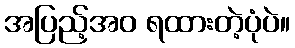
အပြည့်အဝ ရထားတဲ့ပုံပဲ။